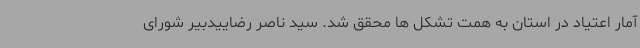
آمار اعتیاد در استان به همت تشکل ها محقق شد. سید ناصر رضاییدبیر شورای